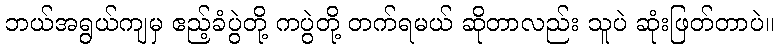
ဘယ်အရွယ်ကျမှ ဧည့်ခံပွဲတို့ ကပွဲတို့ တက်ရမယ် ဆိုတာလည်း သူပဲ ဆုံးဖြတ်တာပဲ။